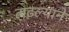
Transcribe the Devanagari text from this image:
लढल्याने